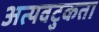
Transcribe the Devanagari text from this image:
अत्यवटुकता